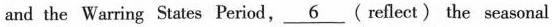
and the Warring States Period, \underline{6} ( reflect) the seasonal